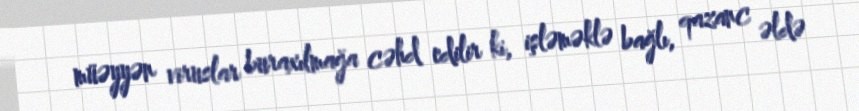
müəyyən viruslar buraxılmağa cəhd edilir ki, işləməklə bağlı, qazanc əldə